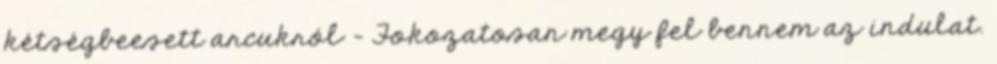
kétségbeesett arcukról – Fokozatosan megy fel bennem az indulat.